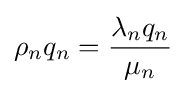
\rho _{n}q_{n}={\frac {\lambda _{n}q_{n}}{\mu _{n}}}